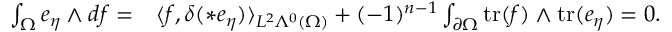
\begin{array} { r l } { \int _ { \Omega } e _ { \eta } \wedge d f = } & { { } \langle f , \delta ( \ast e _ { \eta } ) \rangle _ { L ^ { 2 } \Lambda ^ { 0 } ( \Omega ) } + ( - 1 ) ^ { n - 1 } \int _ { \partial \Omega } \mathrm { t r } ( f ) \wedge \mathrm { t r } ( e _ { \eta } ) = 0 . } \end{array}